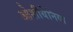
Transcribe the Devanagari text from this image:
ओशीयेनिया